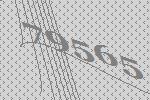
79565